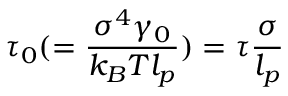
\tau _ { 0 } ( = \frac { \sigma ^ { 4 } \gamma _ { 0 } } { k _ { B } T l _ { p } } ) = \tau \frac { \sigma } { l _ { p } }